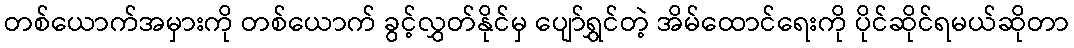
တစ်ယောက်အမှားကို တစ်ယောက် ခွင့်လွှတ်နိုင်မှ ပျော်ရွှင်တဲ့ အိမ်ထောင်ရေးကို ပိုင်ဆိုင်ရမယ်ဆိုတာ